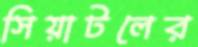
সিয়াটলের